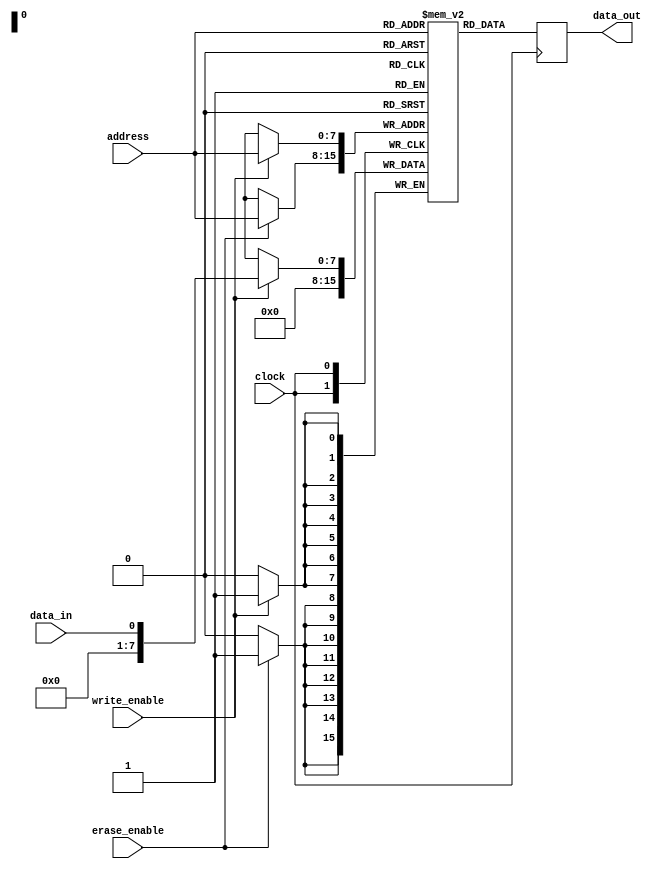
module EEPROM_design(
    input wire [7:0] address,
    input wire write_enable,
    input wire erase_enable,
    input wire clock,
    input wire data_in,
    output reg [7:0] data_out
);

reg [7:0] memory_array [0:255];

always @(posedge clock) begin
    if(write_enable) begin
        memory_array[address] <= data_in;
    end
    if(erase_enable) begin
        memory_array[address] <= 8'b00000000;
    end
    data_out <= memory_array[address];
end

endmodule